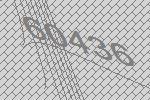
60436